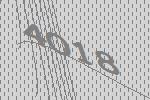
4018